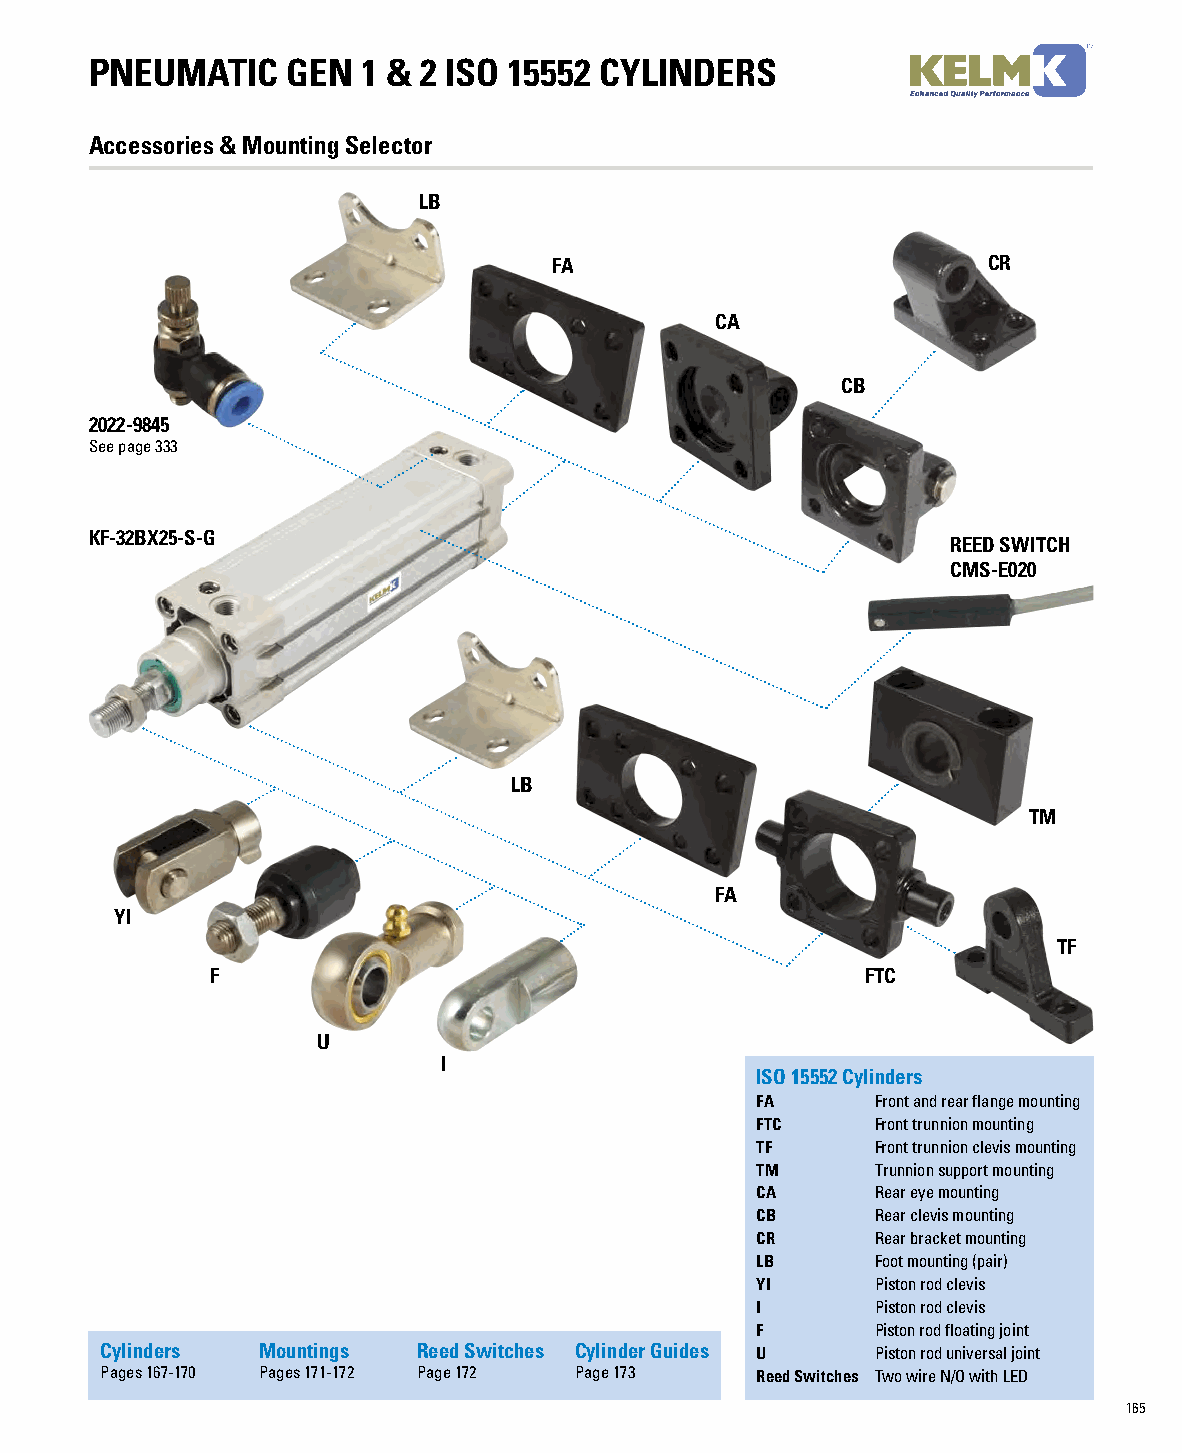
PNEUMATIC    GEN  1 & 2 ISO 15552 CYLINDERS
 Accessories & Mounting Selector
 LB
 FA                          CR
 CA
 CB
 2022-9845
 See page 333
 KF-32BX25-S-G
 REED SWITCH
 CMS-E020
 LB
 TM
 FA
 YI
 TF
 F                                          FTC
 U
 I
 ISO 15552 Cylinders
 FA      Front and rear flange mounting
 FTC     Front trunnion mounting
 TF      Front trunnion clevis mounting
 TM      Trunnion support mounting
 CA      Rear eye mounting
 CB      Rear clevis mounting
 CR      Rear bracket mounting
 LB      Foot mounting (pair)
 YI      Piston rod clevis
 I       Piston rod clevis
 F       Piston rod floating joint
 Cylinders Mountings  Reed Switches Cylinder Guides U Piston rod universal joint
 Pages 167-170 Pages 171-172 Page 172 Page 173 Reed Switches Two wire N/O with LED
 165